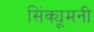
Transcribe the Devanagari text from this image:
सिंक्यूमनी